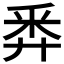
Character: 𢍏